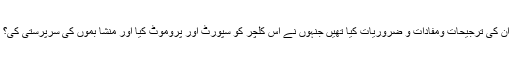
ان کی ترجیحات ومفادات و ضروریات کیا تھیں جنہوں نے اس کلچر کو سپورٹ اور پروموٹ کیا اور منشا بموں کی سرپرستی کی؟